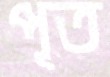
পূত